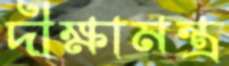
দীক্ষামন্ত্র